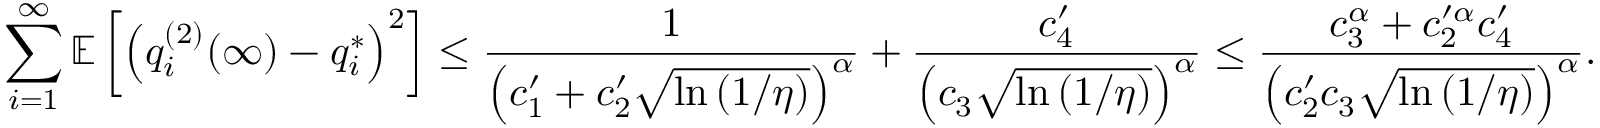
\sum _ { i = 1 } ^ { \infty } \mathbb { E } \left[ \left( q _ { i } ^ { ( 2 ) } ( \infty ) - q _ { i } ^ { * } \right) ^ { 2 } \right] \leq \frac { 1 } { \left( c _ { 1 } ^ { \prime } + c _ { 2 } ^ { \prime } \sqrt { \ln \left( 1 / \eta \right) } \right) ^ { \alpha } } + \frac { c _ { 4 } ^ { \prime } } { \left( c _ { 3 } \sqrt { \ln \left( 1 / \eta \right) } \right) ^ { \alpha } } \leq \frac { c _ { 3 } ^ { \alpha } + c _ { 2 } ^ { \prime \alpha } c _ { 4 } ^ { \prime } } { \left( c _ { 2 } ^ { \prime } c _ { 3 } \sqrt { \ln \left( 1 / \eta \right) } \right) ^ { \alpha } } .